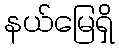
နယ်မြေရှိ